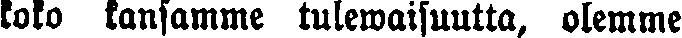
koko kansamme tulewaisuutta, olemme